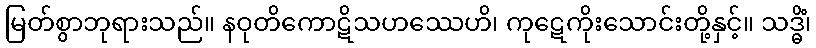
မြတ်စွာဘုရားသည်။ နဝုတိကောဋိသဟဿေဟိ၊ ကုဋေကိုးသောင်းတို့နှင့်။ သဒ္ဓိံ၊